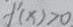
f ^ { \prime } ( x ) > 0